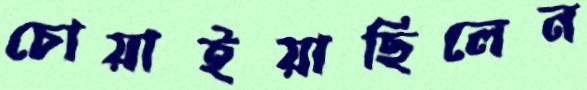
চোয়াইয়াছিলেন